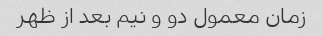
زمان معمول دو و نیم بعد از ظهر